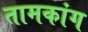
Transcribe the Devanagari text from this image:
तामकांग